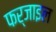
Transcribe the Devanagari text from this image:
फर्जाइल